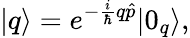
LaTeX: |q\rangle=e^{-\frac{i}{\hbar}q\hat{p}}|0_{q}\rangle,